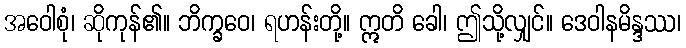
အဝေါစုံ၊ ဆိုကုန်၏။ ဘိက္ခဝေ၊ ရဟန်းတို့။ ဣတိ ခေါ၊ ဤသို့လျှင်။ ဒေဝါနမိန္ဒဿ၊